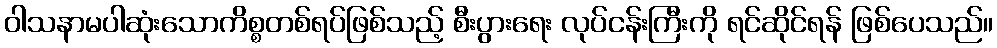
ဝါသနာမပါဆုံးသောကိစ္စတစ်ရပ်ဖြစ်သည့် စီးပွားရေး လုပ်ငန်းကြီးကို ရင်ဆိုင်ရန် ဖြစ်ပေသည်။